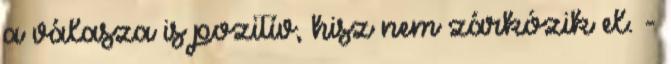
a válasza is pozitív, hisz nem zárkózik el. -